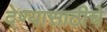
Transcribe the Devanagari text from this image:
देण्यासाठीचे